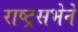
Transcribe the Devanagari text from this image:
राष्ट्रसभेने